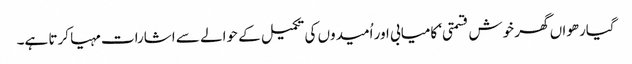
گیارھواں گھر خوش قسمتی‘ کامیابی اور اُمیدوں کی تکمیل کے حوالے سے اشارات مہیا کرتا ہے۔